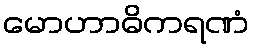
မောဟာဓိကရဏံ